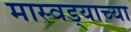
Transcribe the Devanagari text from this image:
मास्वड्याच्या